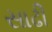
સાઢી